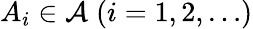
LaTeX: A_{i}\in{\mathcal{A}}\; (i=1,2,\dotsc)